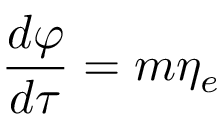
\frac { d \varphi } { d \tau } = m \eta _ { e }